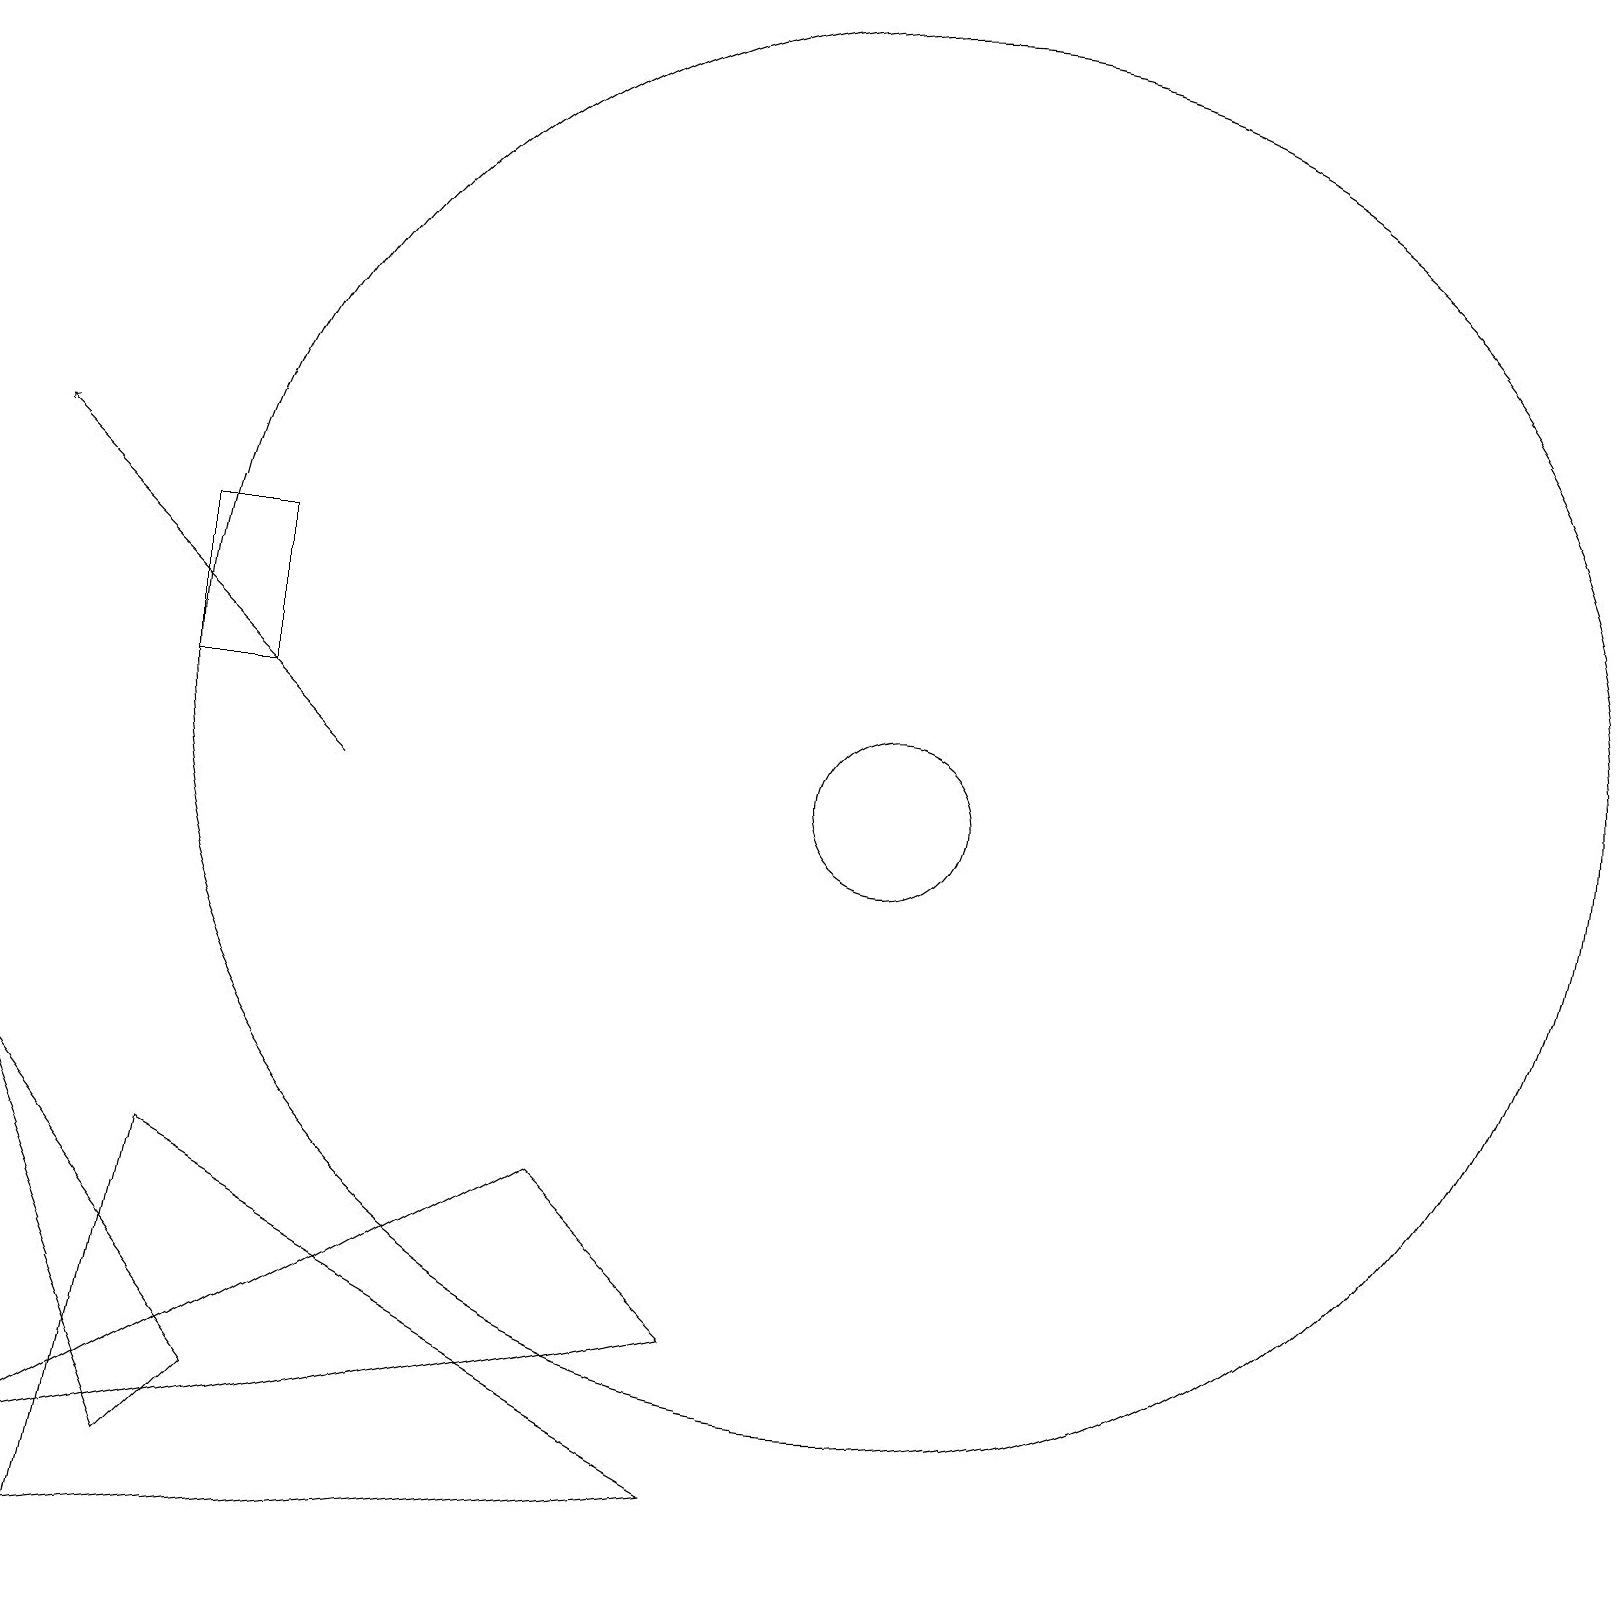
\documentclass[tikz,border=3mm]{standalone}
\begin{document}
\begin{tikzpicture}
\draw (11,10) circle (1);
\draw (2,13) rectangle (3,11);
\draw[->] (4,10) -- (0,14);
\draw (9,1) -- (2,5) -- (1,0) -- cycle;
\draw (7,5) -- (9,3) -- (0,1) -- cycle;
\draw (11,11) circle (9);
\draw (2,1) -- (3,2) -- (0,6) -- cycle;
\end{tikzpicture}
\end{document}